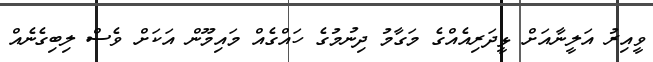
ވީއިރު އަލީނާއަށް ޅީދަރިއެއްގެ މަގާމު ދިނުމުގެ ހައްގެއް މައިމޫން އަކަށް ވެސް ލިބިގެނެއް